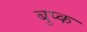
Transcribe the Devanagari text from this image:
बुप्क